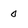
Character: 0